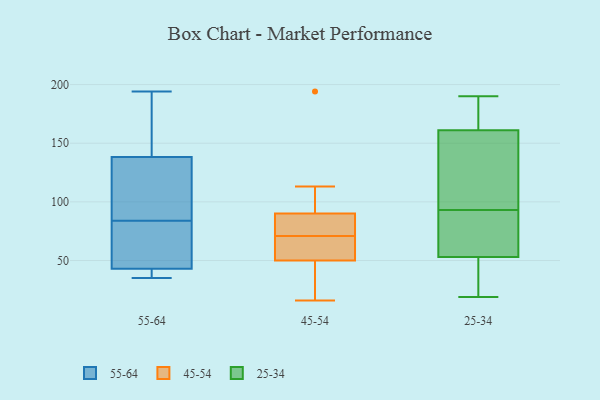
{"axis": {"x": "Humidity (%)", "y": "Value"}, "legend": ["25-34", "45-54", "55-64"], "data": [{"x": "", "y": 194, "type": "55-64"}, {"x": "", "y": 142, "type": "55-64"}, {"x": "", "y": 149, "type": "55-64"}, {"x": "", "y": 71, "type": "55-64"}, {"x": "", "y": 42, "type": "55-64"}, {"x": "", "y": 53, "type": "55-64"}, {"x": "", "y": 115, "type": "55-64"}, {"x": "", "y": 127, "type": "55-64"}, {"x": "", "y": 43, "type": "55-64"}, {"x": "", "y": 84, "type": "55-64"}, {"x": "", "y": 43, "type": "55-64"}, {"x": "", "y": 94, "type": "55-64"}, {"x": "", "y": 154, "type": "55-64"}, {"x": "", "y": 35, "type": "55-64"}, {"x": "", "y": 42, "type": "55-64"}, {"x": "", "y": 65, "type": "45-54"}, {"x": "", "y": 18, "type": "45-54"}, {"x": "", "y": 94, "type": "45-54"}, {"x": "", "y": 71, "type": "45-54"}, {"x": "", "y": 194, "type": "45-54"}, {"x": "", "y": 16, "type": "45-54"}, {"x": "", "y": 78, "type": "45-54"}, {"x": "", "y": 113, "type": "45-54"}, {"x": "", "y": 59, "type": "45-54"}, {"x": "", "y": 77, "type": "45-54"}, {"x": "", "y": 47, "type": "45-54"}, {"x": "", "y": 97, "type": "25-34"}, {"x": "", "y": 139, "type": "25-34"}, {"x": "", "y": 84, "type": "25-34"}, {"x": "", "y": 188, "type": "25-34"}, {"x": "", "y": 190, "type": "25-34"}, {"x": "", "y": 19, "type": "25-34"}, {"x": "", "y": 53, "type": "25-34"}, {"x": "", "y": 56, "type": "25-34"}, {"x": "", "y": 68, "type": "25-34"}, {"x": "", "y": 122, "type": "25-34"}, {"x": "", "y": 35, "type": "25-34"}, {"x": "", "y": 181, "type": "25-34"}, {"x": "", "y": 160, "type": "25-34"}, {"x": "", "y": 89, "type": "25-34"}, {"x": "", "y": 35, "type": "25-34"}, {"x": "", "y": 161, "type": "25-34"}, {"x": "", "y": 188, "type": "25-34"}, {"x": "", "y": 34, "type": "25-34"}]}